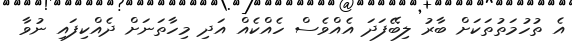
އެ ތުހުމަތުތަކަށް ބާރު ލިބޭފަދަ އެއްވެސް ހެއްކެއް އަދި މިހާތަނަށް ދެއްކިފައި ނުވާ